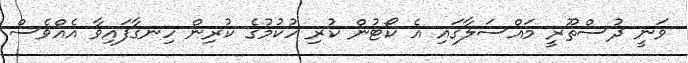
ވަނީ ދުސްތޫރީ މައްސަލާގައި އެ ކޯޓުން ކުރި ހުކުމުގެ ކުރިން ހިނގާފައިވާ އެއްވެސް